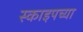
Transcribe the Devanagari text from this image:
स्काइपच्या